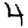
Digit: 4